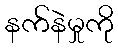
နက်နဲမှုကို